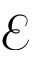
\mathcal { E }